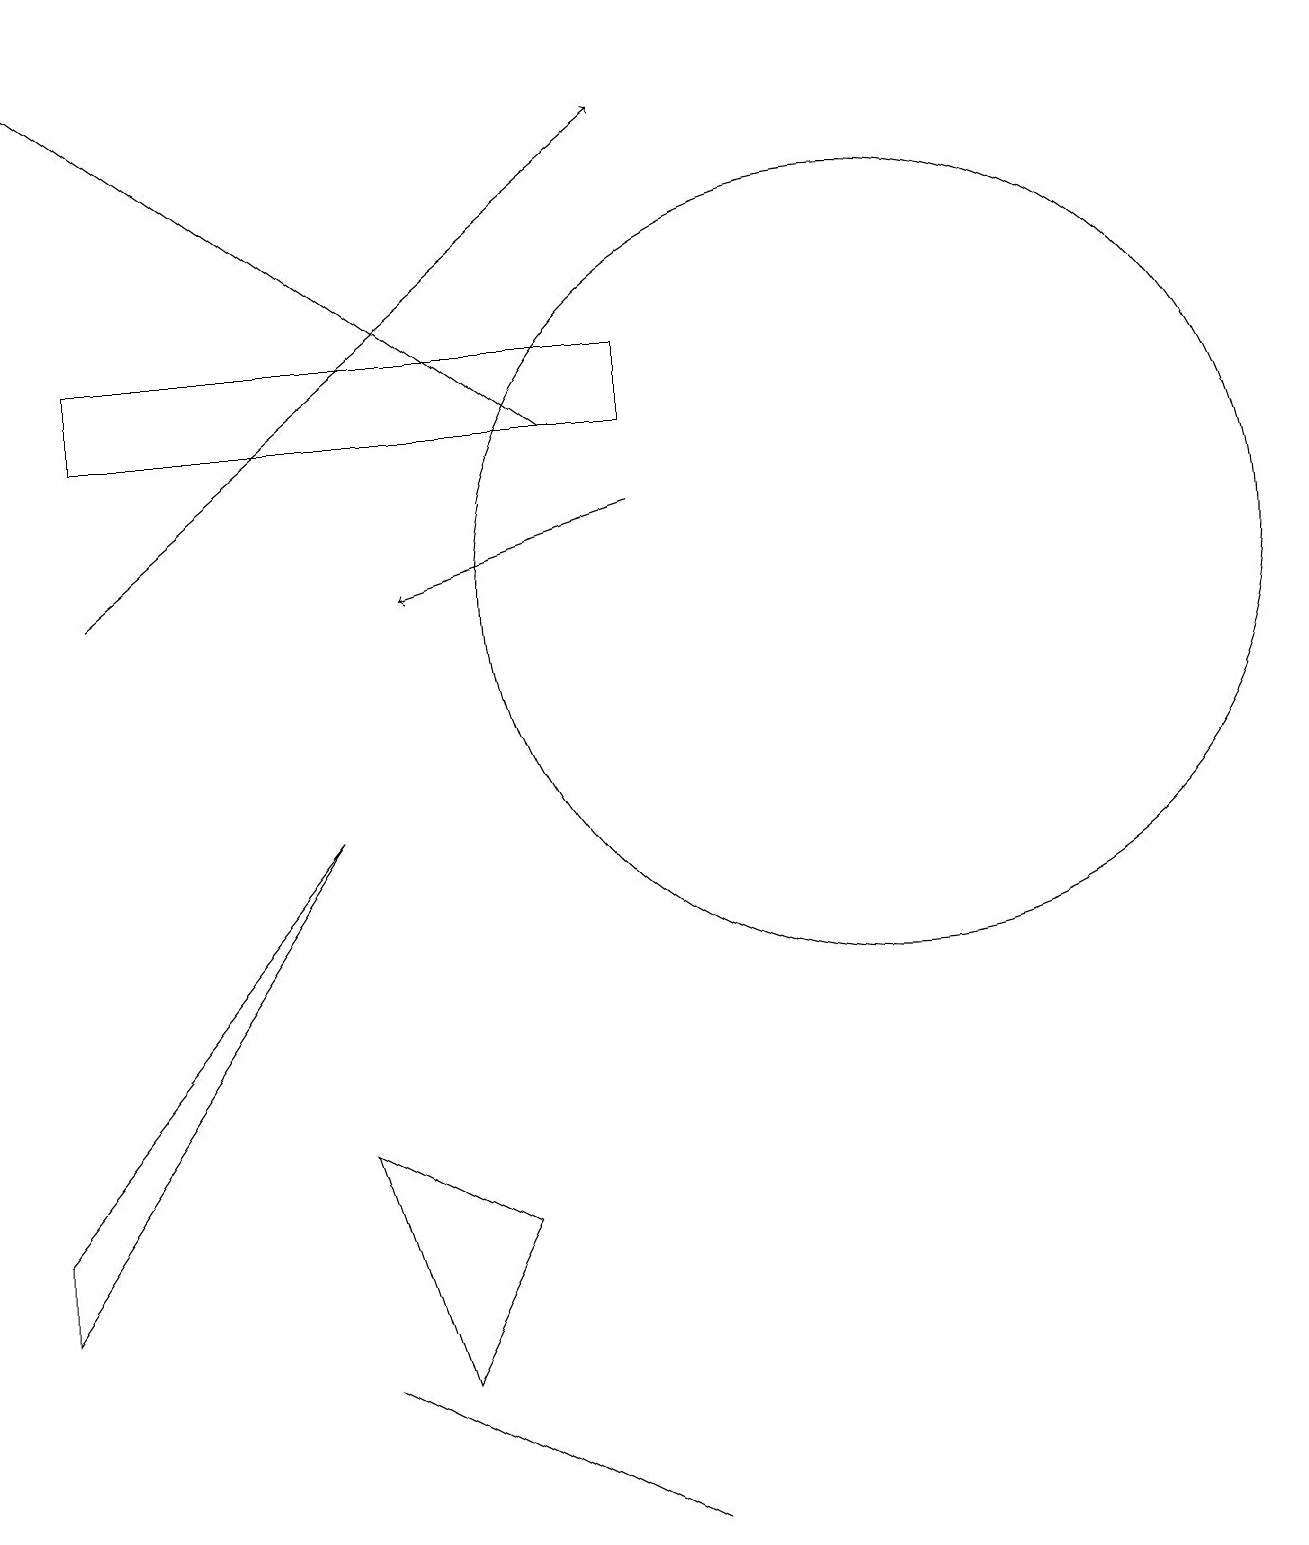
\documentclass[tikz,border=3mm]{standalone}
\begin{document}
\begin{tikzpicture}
\draw (11,12) circle (5);
\draw (4,5) -- (6,4) -- (5,2) -- cycle;
\draw (8,14) rectangle (1,15);
\draw[->] (1,12) -- (8,18);
\draw (0,3) -- (0,4) -- (4,9) -- cycle;
\draw[->] (7,14) -- (0,19);
\draw (4,2) -- (8,0) -- (4,2) -- cycle;
\draw[->] (8,13) -- (5,12);
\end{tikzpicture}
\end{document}